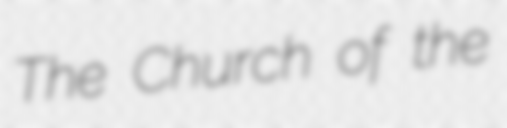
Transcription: The Church of the